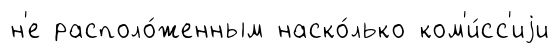
н'е располо́женным наско́лько ком'и́сс'иjи